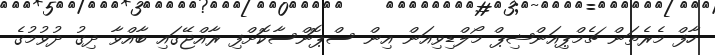
ހާފް މެރެތަން ޗެމްޕިއަންޝިޕް މޯލްޑިވިއަން އިން ސްޕޮންސާކޮށްފި ރާއްޖޭގައި ބާއްވާ ދިގު ދުވުމުގެ